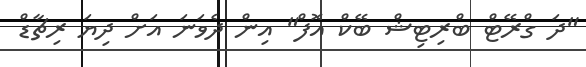
"ދަ ގްރޭޓް ބްރިޓިޝް ބޭކް އޮފް" އިން ދެވަނަ އަށް ދިޔަ ރިޗާޑް